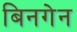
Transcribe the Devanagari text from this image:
बिनगेन